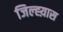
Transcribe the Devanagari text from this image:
जिल्ह्य़ास